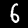
Digit: 6